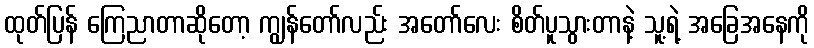
ထုတ်ပြန် ကြေညာတာဆိုတော့ ကျွန်တော်လည်း အတော်လေး စိတ်ပူသွားတာနဲ့ သူ့ရဲ့ အခြေအနေကို